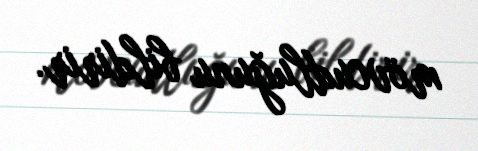
mövcudluğunu bildirir.